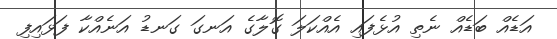
އަޑެއް ބަޑެއް ނެތި އުޅެފައި އެއްކަލަ ގޮލާގެ އަނގަ ގަނޑު އަނެއްކާ ފަޅައިފި